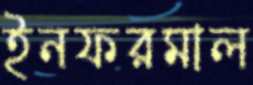
ইনফরমাল